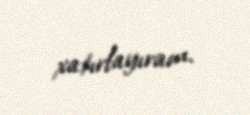
xatırlayıram.